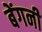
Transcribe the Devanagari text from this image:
बेंगनी